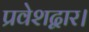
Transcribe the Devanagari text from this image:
प्रवेशद्वार।